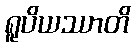
ရူပိယဿာတိ